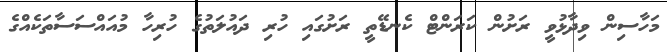
މަހާސިން ވިދާޅުވީ ރަށުން ކަރަންޓް ކެނޑޭތީ ރަށުގައި ހުރި ދައުލަތުގެ ހުރިހާ މުއައްސަސާތަކެއްގެ